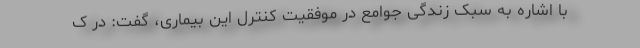
با اشاره به سبک زندگی جوامع در موفقیت کنترل این بیماری، گفت: در ک